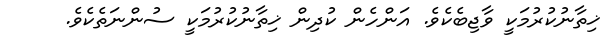
ޚިތާނުކުރުމަކީ ވާޖިބެކެވެ. އަންހެން ކުދިން ޚިތާނުކުރުމަކީ ސުންނަތެކެވެ.